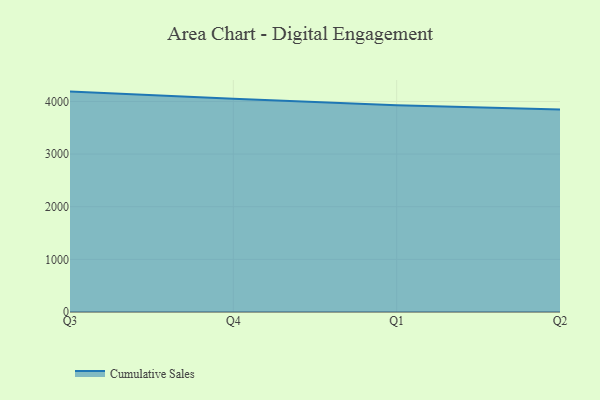
{"axis": {"x": "Quarter", "y": "Energy Usage (MWh)"}, "legend": ["Cumulative Sales"], "data": [{"x": "Q3", "y": 4187.3, "type": "Cumulative Sales"}, {"x": "Q4", "y": 4050.8, "type": "Cumulative Sales"}, {"x": "Q1", "y": 3929.2, "type": "Cumulative Sales"}, {"x": "Q2", "y": 3846.5, "type": "Cumulative Sales"}]}